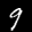
Label: 9